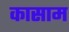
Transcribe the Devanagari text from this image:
कासाम